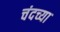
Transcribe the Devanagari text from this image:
चंदच्या